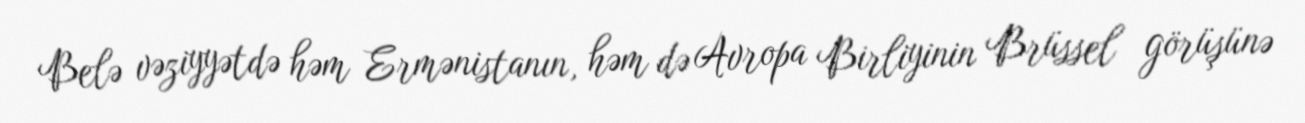
Belə vəziyyətdə həm Ermənistanın, həm də Avropa Birliyinin Brüssel görüşünə